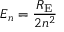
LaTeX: E _ { n } = { \frac { R _ { \mathrm { E } } } { 2 n ^ { 2 } } } ~ ~ ~ ~ ~